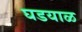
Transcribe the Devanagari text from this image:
घडयाळ